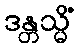
ဒန္တသ္မိံ